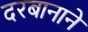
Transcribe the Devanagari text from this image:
दरबानाने